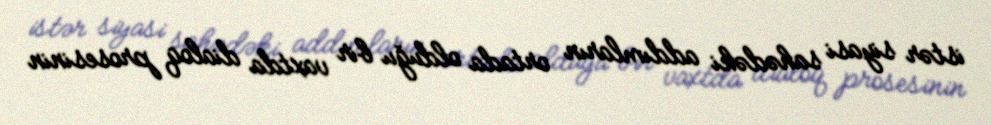
istər siyasi sahədəki addımların ortada olduğu bir vaxtda dialoq prosesinin